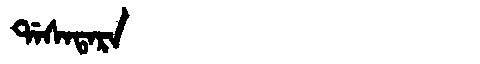
Manchu: ᡩᠠᠰᠠᡨᠠᡵᠠ
Romanization: DASATARA